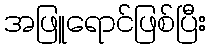
အဖြူရောင်ဖြစ်ပြီး